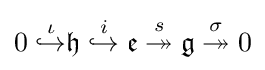
0\;{\overset {\iota }{\hookrightarrow }}{\mathfrak {h}}\;{\overset {i}{\hookrightarrow }}\;{\mathfrak {e}}\;{\overset {s}{\twoheadrightarrow }}\;{\mathfrak {g}}\;{\overset {\sigma }{\twoheadrightarrow }}\;0